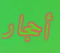
أحجار